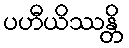
ပဟီယိဿန္တိ